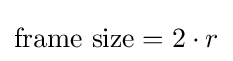
{\text{frame size}}=2\cdot r